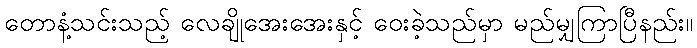
တောနံ့သင်းသည့် လေချိုအေးအေးနှင့် ဝေးခဲ့သည်မှာ မည်မျှကြာပြီနည်း။